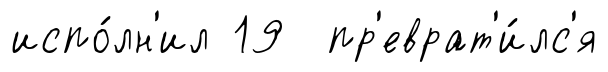
испо́лн'ил 19 пр'еврат'и́лс'я